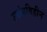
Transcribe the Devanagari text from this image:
उपांगविहीन